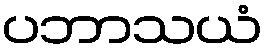
ပဘာသယံ